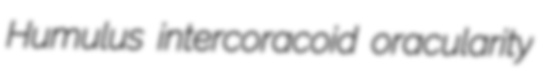
Humulus intercoracoid oracularity